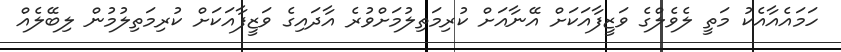
ހަމައެއާއެކު މަތީ ލެވެލްގެ ވަޒީފާއަކަށް އޭނާއަށް ކުރިމަތިލުމަށްވުރެ އާދައިގެ ވަޒީފާއަކަށް ކުރިމަތިލުމުން ލިބޭލެއް